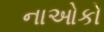
નાઓકો